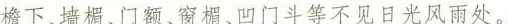
檐下、墙据、门额、窗楣、凹门斗等不见日光风雨处。